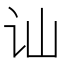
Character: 讪